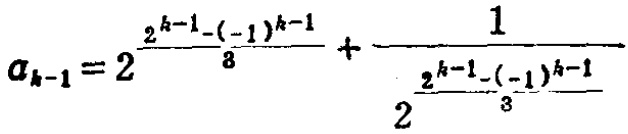
\[a_{k - 1}=2^{\frac{2^{k - 1}-(-1)^{k - 1}}{3}}+\frac{1}{2^{\frac{2^{k - 1}-(-1)^{k - 1}}{3}}}\]